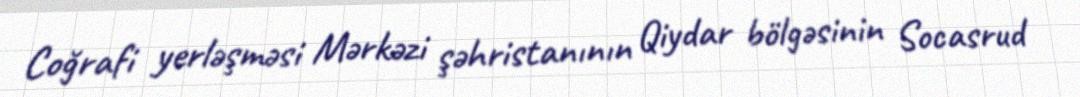
Coğrafi yerləşməsi Mərkəzi şəhristanının Qiydar bölgəsinin Socasrud